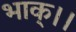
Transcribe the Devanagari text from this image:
भाक्।।